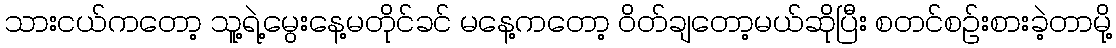
သားငယ်ကတော့ သူ့ရဲ့မွေးနေ့မတိုင်ခင် မနေ့ကတော့ ဝိတ်ချတော့မယ်ဆိုပြီး စတင်စဉ်းစားခဲ့တာမို့